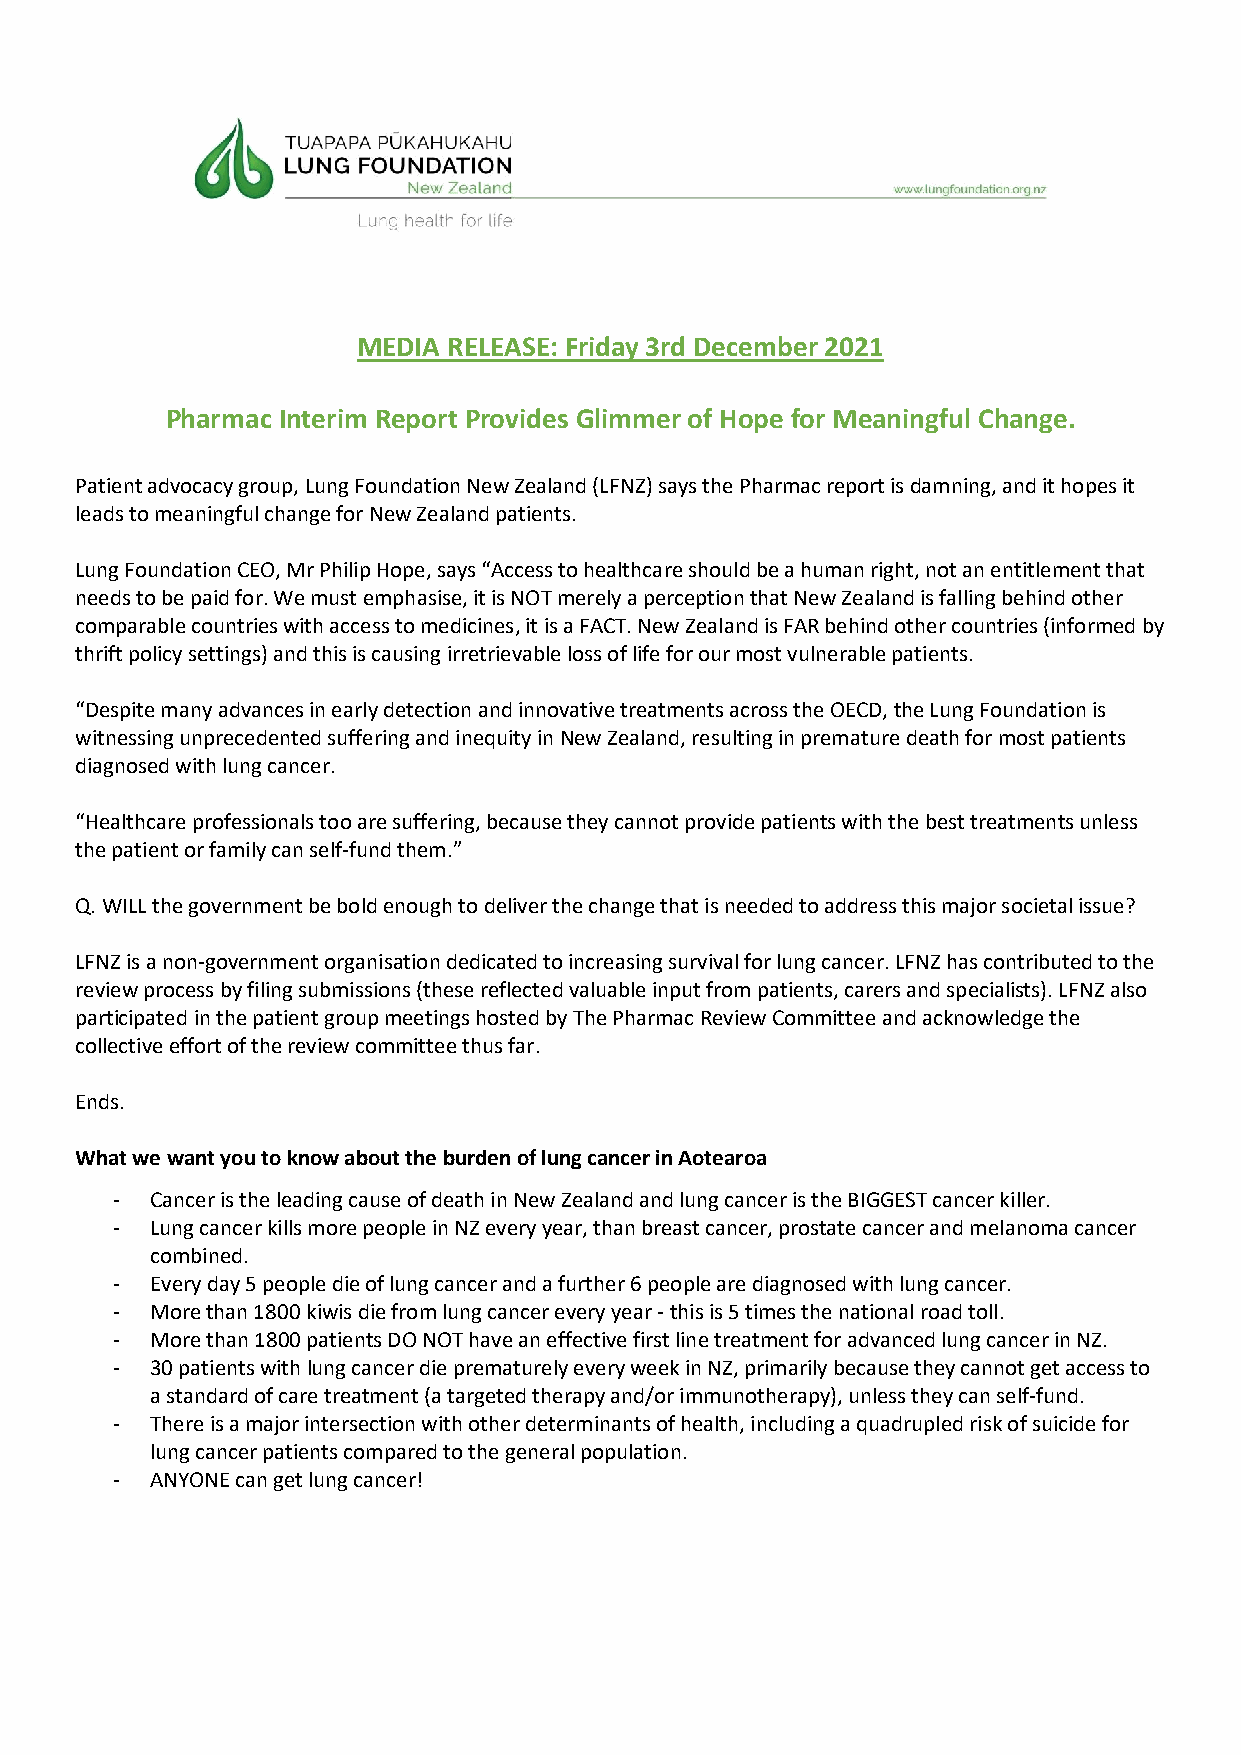
MEDIA RELEASE: Friday 3rd December 2021
 Pharmac Interim Report Provides Glimmer of Hope for Meaningful Change.
 Patient advocacy group, Lung Foundation New Zealand (LFNZ) says the Pharmac report is damning, and it hopes it
 leads to meaningful change for New Zealand patients.
 Lung Foundation CEO, Mr Philip Hope, says “Access to healthcare should be a human right, not an entitlement that
 needs to be paid for. We must emphasise, it is NOT merely a perception that New Zealand is falling behind other
 comparable countries with access to medicines, it is a FACT. New Zealand is FAR behind other countries (informed by
 thrift policy settings) and this is causing irretrievable loss of life for our most vulnerable patients.
 “Despite many advances in early detection and innovative treatments across the OECD, the Lung Foundation is
 witnessing unprecedented suffering and inequity in New Zealand, resulting in premature death for most patients
 diagnosed with lung cancer.
 “Healthcare professionals too are suffering, because they cannot provide patients with the best treatments unless
 the patient or family can self-fund them.”
 Q. WILL the government be bold enough to deliver the change that is needed to address this major societal issue?
 LFNZ is a non-government organisation dedicated to increasing survival for lung cancer. LFNZ has contributed to the
 review process by filing submissions (these reflected valuable input from patients, carers and specialists). LFNZ also
 participated in the patient group meetings hosted by The Pharmac Review Committee and acknowledge the
 collective effort of the review committee thus far.
 Ends.
 What we want you to know about the burden of lung cancer in Aotearoa
 -  Cancer is the leading cause of death in New Zealand and lung cancer is the BIGGEST cancer killer.
 -  Lung cancer kills more people in NZ every year, than breast cancer, prostate cancer and melanoma cancer
 combined.
 -  Every day 5 people die of lung cancer and a further 6 people are diagnosed with lung cancer.
 -  More than 1800 kiwis die from lung cancer every year - this is 5 times the national road toll.
 -  More than 1800 patients DO NOT have an effective first line treatment for advanced lung cancer in NZ.
 -  30 patients with lung cancer die prematurely every week in NZ, primarily because they cannot get access to
 a standard of care treatment (a targeted therapy and/or immunotherapy), unless they can self-fund.
 -  There is a major intersection with other determinants of health, including a quadrupled risk of suicide for
 lung cancer patients compared to the general population.
 -  ANYONE can get lung cancer!